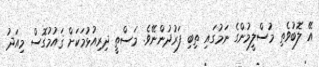
އޭ ލޮބުވެތި މުސްލީމުންގެ ނަމުގައި ތިބި ފަރުދުންނޭވެ. މަސްތީ ދިރިއުޅުމަކަށް ޤައުމުގޮސް މިއަދު